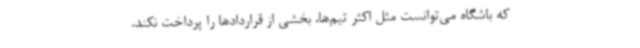
که باشگاه می‌توانست مثل اکثر تیم‌ها، بخشی از قراردادها را پرداخت نکند.